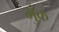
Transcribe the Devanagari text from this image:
भुंक